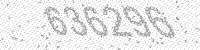
Solution: 636296